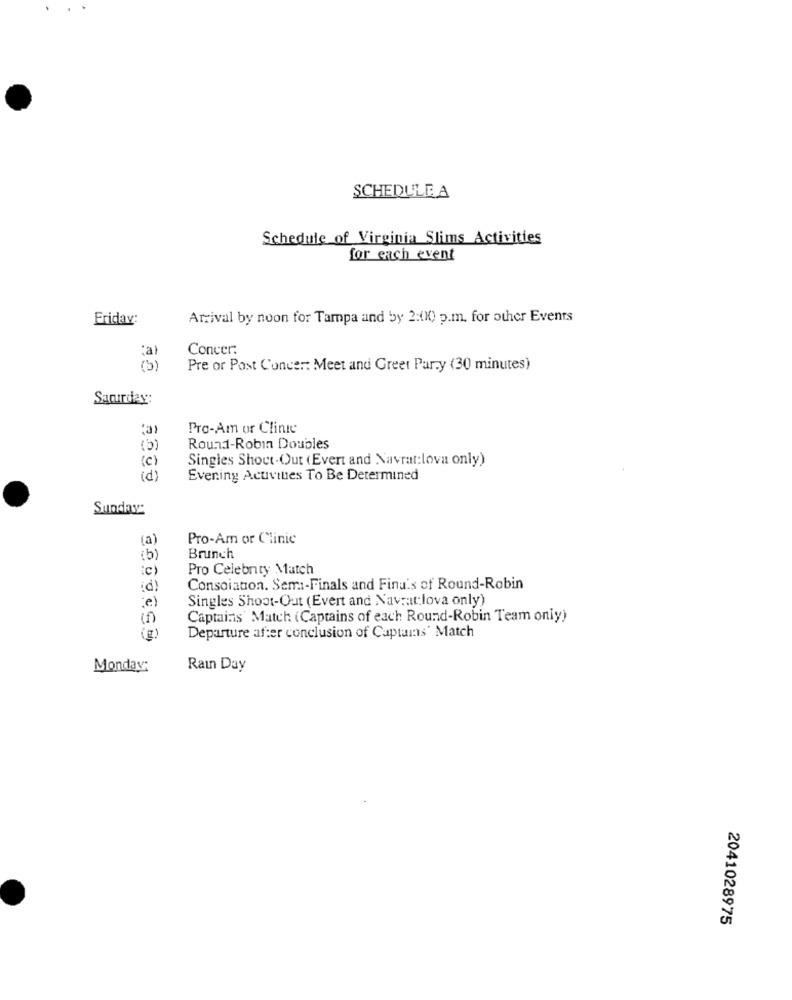
SCHEDULE A
Schedule of Virginia Slims Activities
for each event
Friday:
Arrival by noon for Tampa and by 2:00 p.m. for other Events
Concer:
(5)
Pre or Post Concer: Meet and Greet Par.y (30 minutes)
Saturday:
:a
Pro-Am or Clinic
Round-Robin Doubles
(c)
Singles Shout-Out (Evert and Navrat:lova only)
(d)
Evening Activities To Be Determined
Sunday:
(a)
Pro-Am or Clinic
(b)
Brunch
ic
Pro Celebrity Match
¿d)
Consolation. Semi-Finals and Finu's of Round-Robin
e)
Singles Shoot-Out (Evert and Navratilova only)
(f)
Captains Match (Captains of each Round-Robin Team only)
(E)
Departure after conclusion of Captains' Match
Monday:
Rain Day
2041028975